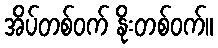
အိပ်တစ်ဝက် နိုးတစ်ဝက်။